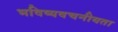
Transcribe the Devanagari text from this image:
भविष्‍यवचनीयता